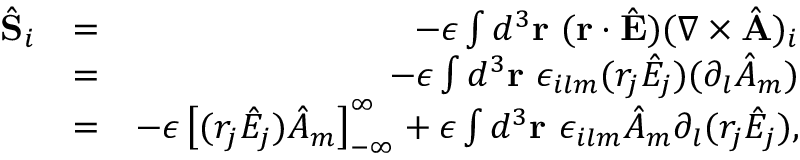
\begin{array} { r l r } { \hat { \bf S } _ { i } } & { = } & { - \epsilon \int d ^ { 3 } { \bf r } \ ( { \bf r } \cdot \hat { \bf E } ) ( \nabla \times \hat { \bf A } ) _ { i } } \\ & { = } & { - \epsilon \int d ^ { 3 } { \bf r } \ \epsilon _ { i l m } ( r _ { j } \hat { E } _ { j } ) ( \partial _ { l } \hat { A } _ { m } ) } \\ & { = } & { - \epsilon \left[ ( r _ { j } \hat { E } _ { j } ) \hat { A } _ { m } \right] _ { - \infty } ^ { \infty } + \epsilon \int d ^ { 3 } { \bf r } \ \epsilon _ { i l m } \hat { A } _ { m } \partial _ { l } ( r _ { j } \hat { E } _ { j } ) , } \end{array}